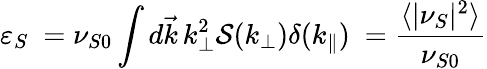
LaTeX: \varepsilon_{S}\ =\nu_{S0}\int d\vec{k}\, k_{\perp}^{2}\mathcal{S}(k_{\perp})\delta(k_{\| })\ =\frac{\langle|\nu_{S}|^{2}\rangle}{\nu_{S0}}